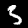
Label: 3